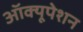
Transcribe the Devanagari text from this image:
ऑक्यूपेशन